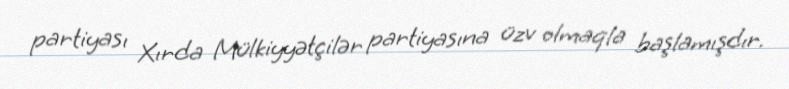
partiyası Xırda Mülkiyyətçilər partiyasına üzv olmaqla başlamışdır.